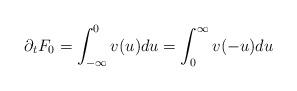
LaTeX: \begin{align*}\partial_tF_0= \int_{-\infty}^0 v(u)du =\int_{0}^\infty v(-u)du\end{align*}